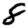
Digit: 8